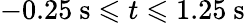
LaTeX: -0.25~\mathrm{s}\leqslant t\leqslant 1.25~\mathrm{s}